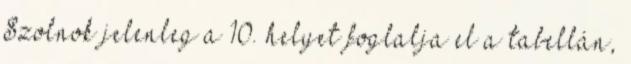
Szolnok jelenleg a 10. helyet foglalja el a tabellán,